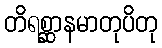
တိရစ္ဆာနမာတုပိတု